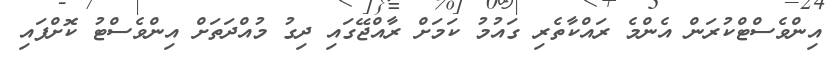
އިންވެސްޓްކުރަން އެންމެ ރައްކާތެރި ގައުމު ކަމަށް ރާއްޖޭގައި ދިގު މުއްދަތަށް އިންވެސްޓު ކޮށްފައި